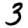
Digit: 3